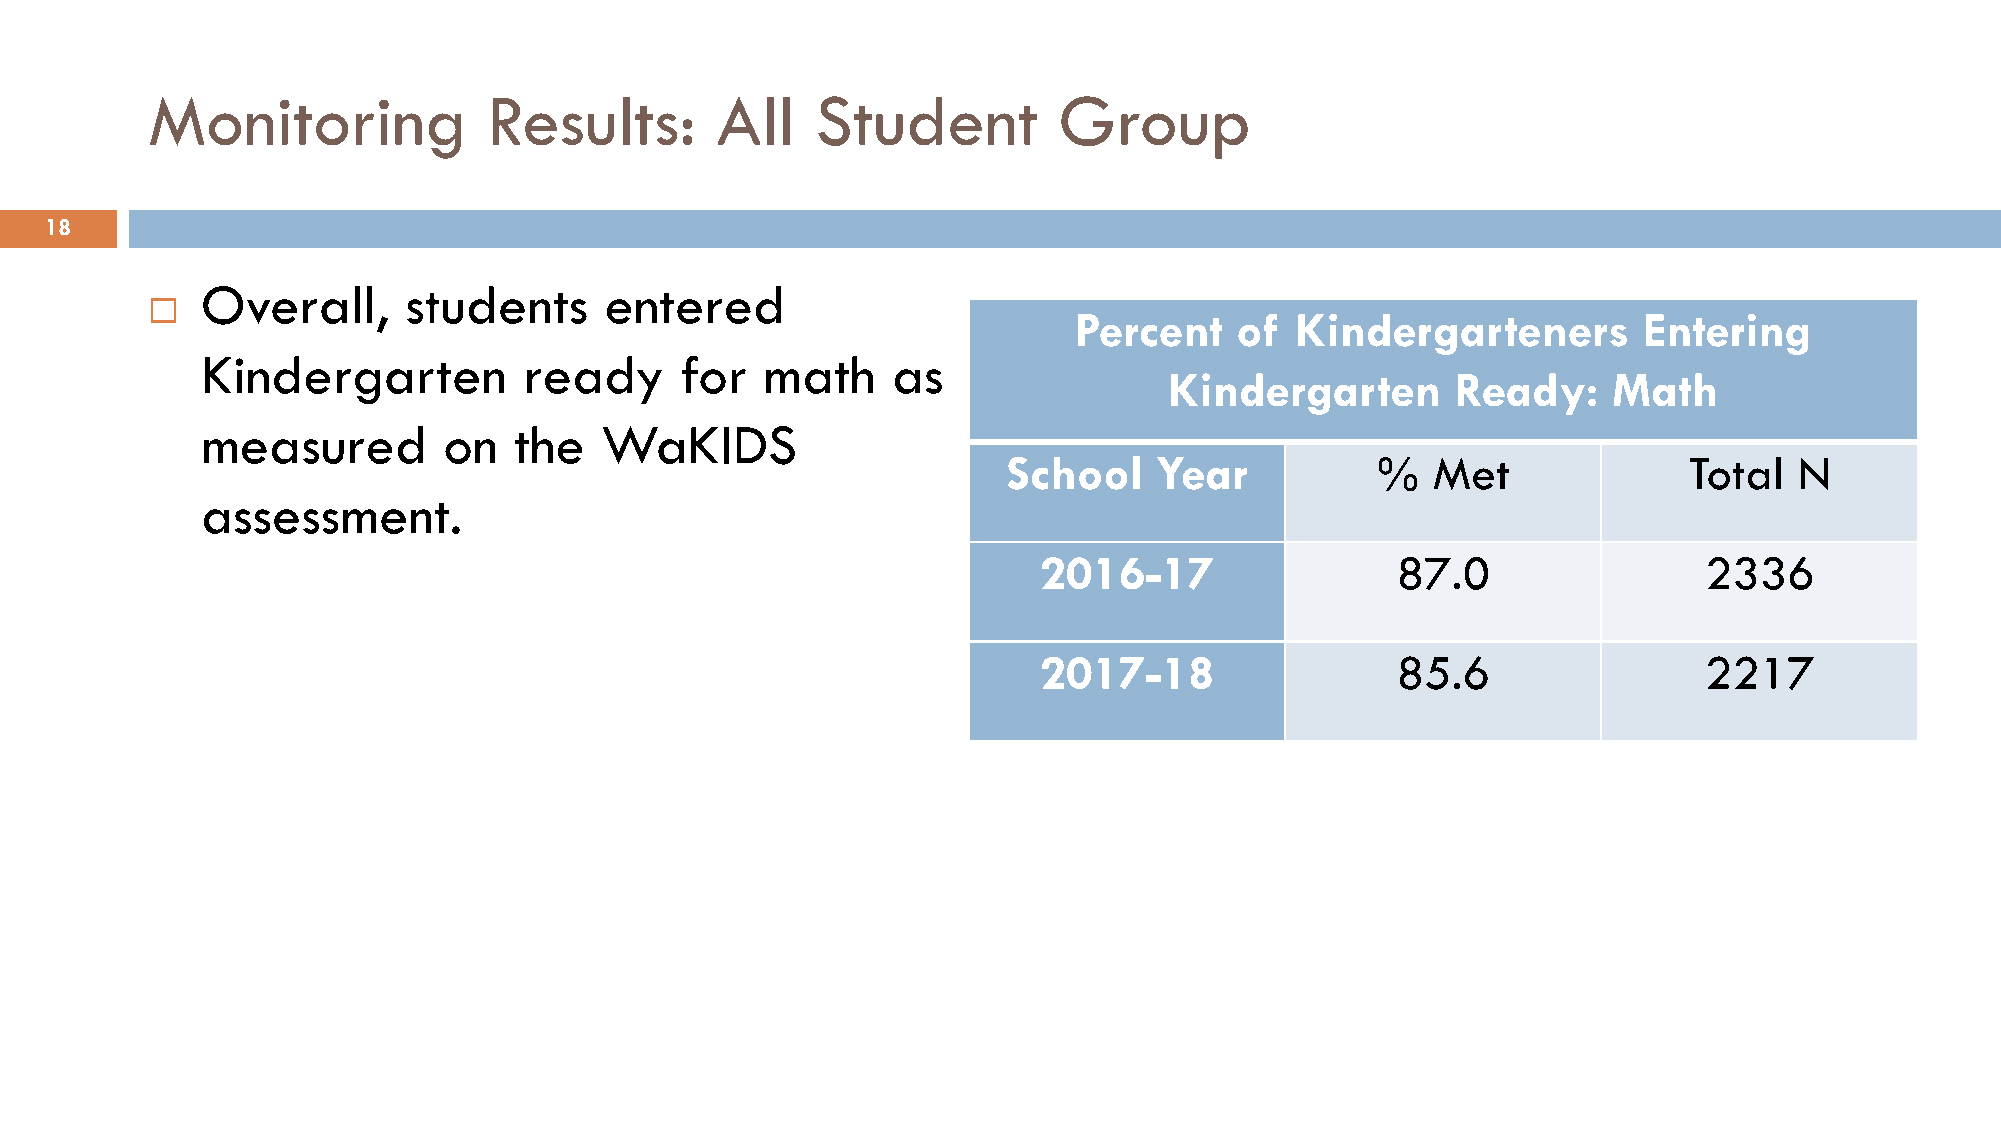
Monitoring            Results:       All    Student         Group
 18
 Overall,      students     entered
 
 Percent    of  Kindergarteners        Entering
 Kindergarten          ready     for   math    as
 Kindergarten       Ready:     Math
 measured        on   the   WaKIDS
 School    Year          %   Met              Total  N
 assessment.
 2016-17                87.0                 2336
 2017-18                85.6                 2217